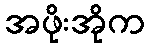
အဖိုးအိုက